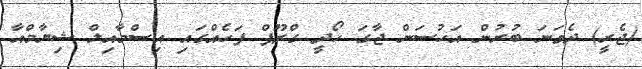
(ޖެރީ) ދެވަނަ ބުރުން އަހުސަން ޖާގަ ހޯދީ ގްރޫޕް ފަހެއްގައި އިސްމާއިލް ޝިޔާމްއާ